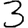
Digit: 3